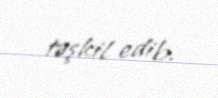
təşkil edib.